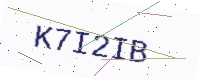
Text: K7I2IB